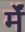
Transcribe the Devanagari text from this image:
र्में